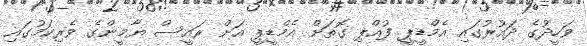
ވަހީދުގެ ދައުރުގައި އެމްޑީޕީ ފުއްޕި ގޮތަށް އެމްޑީޕީ އަށް ރައީސް ޔާމީންގެ ވެރިކަމުގައި